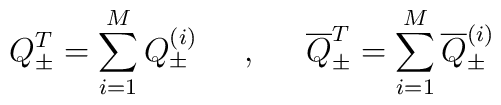
Q_{\pm}^{T}=\sum_{i=1}^{M} Q_{\pm}^{(i)} \hspace{6mm},\hspace{6mm}\overline{Q}_{\pm}^{T} = \sum_{i=1}^{M}\overline{Q}_{\pm}^{(i)}